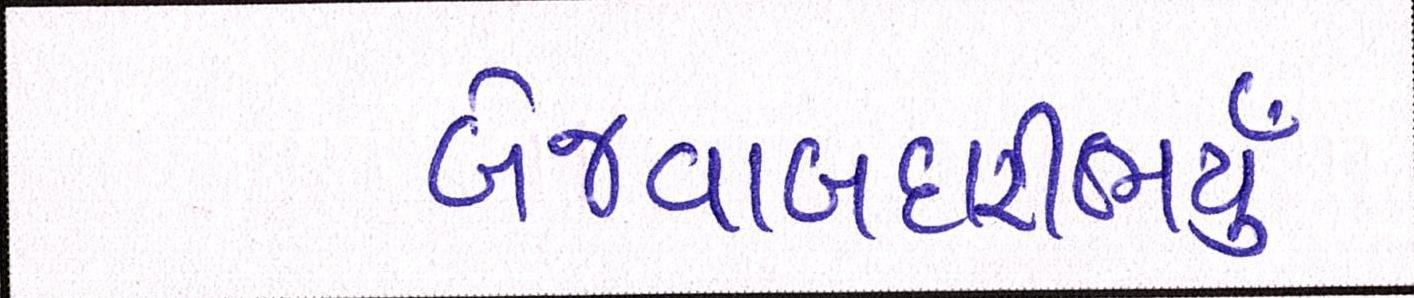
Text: બેજવાબદારીભર્યું